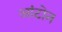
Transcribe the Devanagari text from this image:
आंटोन